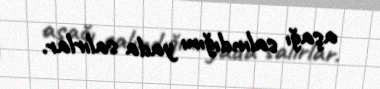
aşağı salındığını yada salırlar.